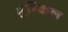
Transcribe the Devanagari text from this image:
मुष्किल